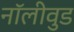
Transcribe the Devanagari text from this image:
नॉलीवुड